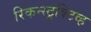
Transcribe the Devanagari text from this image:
रिकन्स्ट्रक्टिव्ह